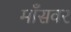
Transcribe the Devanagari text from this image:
माँसवर